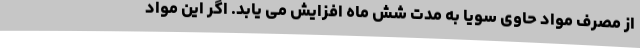
از مصرف مواد حاوی سویا به مدت شش ماه افزایش می یابد. اگر این مواد